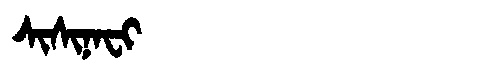
Manchu: ᠰᡳᠰᡳᠨᠠᠸᡳ
Romanization: SISINAFI